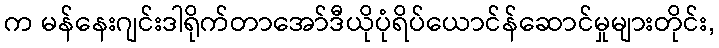
က မန်နေးဂျင်းဒါရိုက်တာအော်ဒီယိုပုံရိပ်ယောင်န်ဆောင်မှုများတိုင်း,